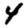
Digit: 4